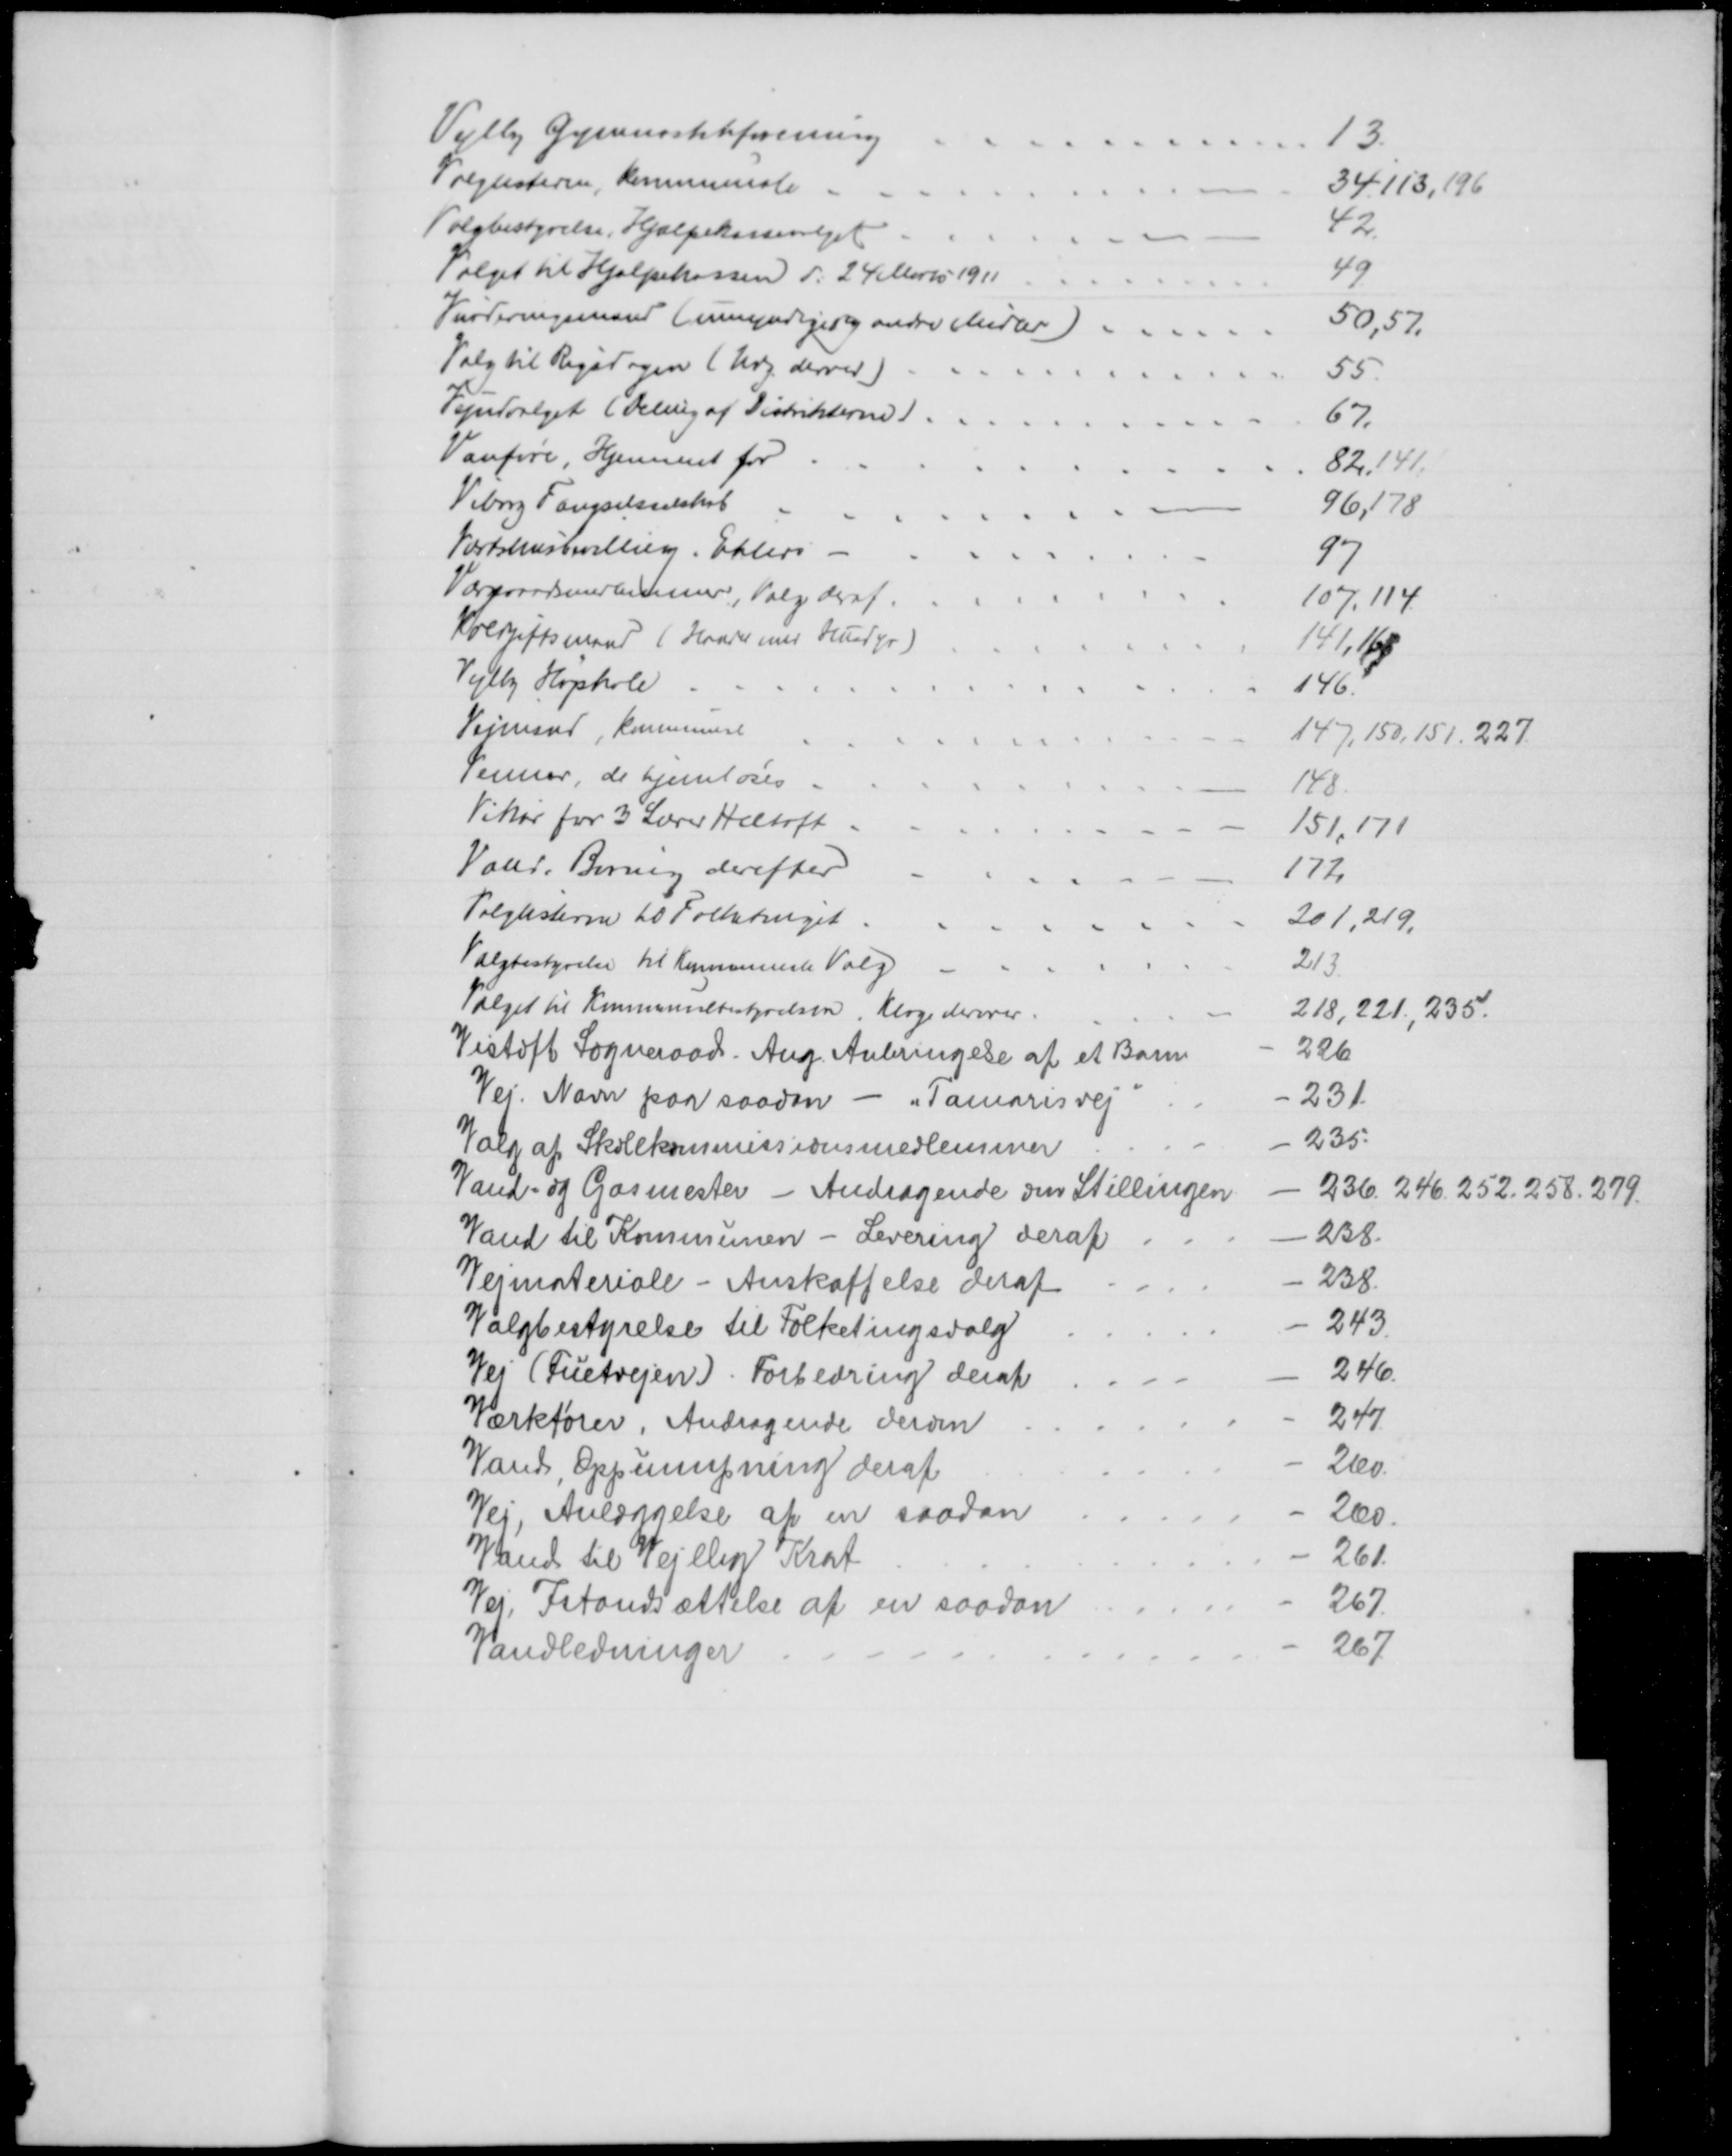
Transskription:
Vejlby Gymnastikforening
13.
Valglisterne, kommunale
34. 113, 196
Valgbestyrelse, Hjælpekassevalget
42.
Valget til Hjælpekassen d. 24 Marts 1911
49
Vurderingsmænd (umyndiges og andre Midler)
50,57.
Valg til Rigsdagen (Udg. derved)
55
Vejudvalget (Deling af Distrikterne).
67.
Vanføre, Hjemmet for
82,141.
Viborg Fængselselskab
96,178
Værtshusbevilling. Ehlers
97
Værgeraadsmedlemmer, Valg deraf.
107.114
Voldgiftsmand (Handel med Husdyr)
141, 168
Vejlby Højskole
146.
Vejmand, Kommune
147, 150, 151. 227.
Venner, de hjemløses
148
Vikar for 3 Lærer Heltoft
151,171
Vand, Boring derefter
172
Valglisterne til Folketinget
201,219,
Valgbestyrelse til Kommunale Valg
213.
Valget til Kommunebestyrelsen, Klage derover.
218, 221, 235.
Vistoft Sogneraad. Ang. Anbringelse af et Barn
226
Vej. Navn paa saadan - „Tamarisvej"
231
Valg af Skolekommissionsmedlemmer
235
Vand- og Gasmester - Andragende om Stillingen
236. 246. 252, 258. 279.
Vand til Kommunen - Levering deraf
238
Vejmateriale - Anskaffelse deraf
238.
Valgbestyrelse til Folketingsvalg
243
Vej (Fuetvejen). Forbedring deraf
246.
Værkfører. Andragende derom
247
Vand, Oppumpning deraf
260.
Vej, Anlæggelse af en saadan
260
Vand til Vejlby Krat
261
Vej. Istandsættelse af en saadan
267.
Vandledninger
267.